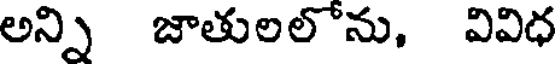
అన్ని జాతులలోను, వివిధ